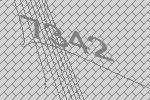
7342